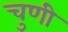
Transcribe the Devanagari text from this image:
चुणी